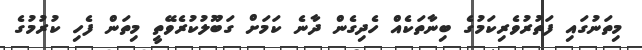
މިތަނުގައި ފަތުރުވެރިކަމުގެ ބިނާތަކެއް ހެދިގެން ދާނެ ކަމަށް ގަބޫލުކުރެވޭތީ މިތަން ފެހި ކުރުމުގެ